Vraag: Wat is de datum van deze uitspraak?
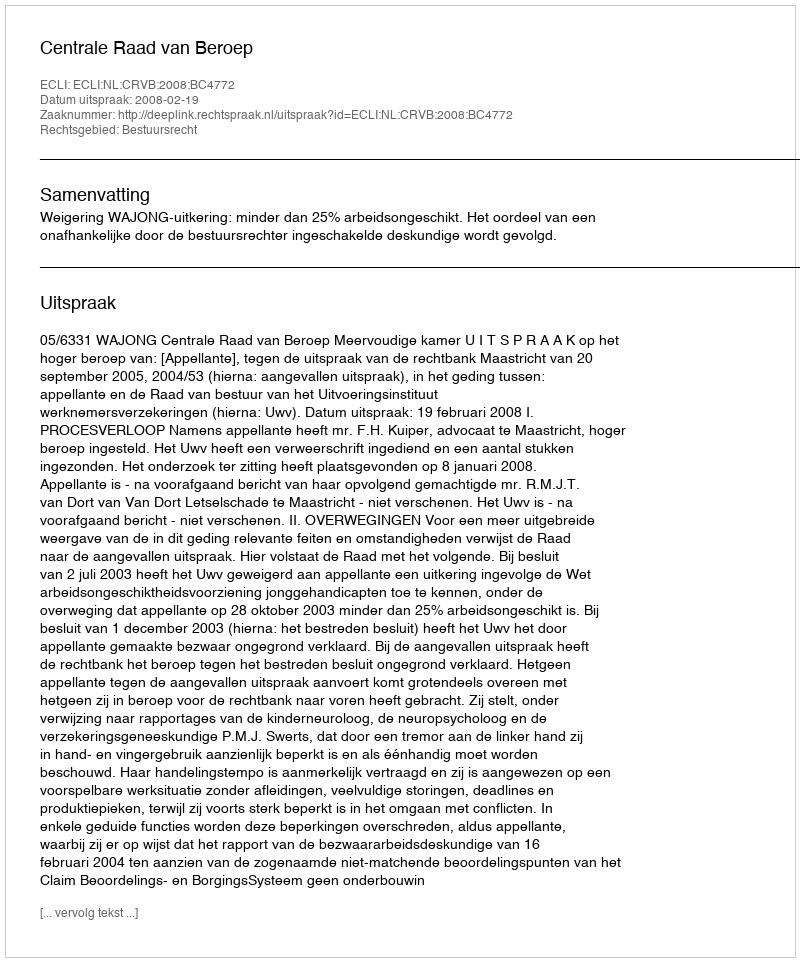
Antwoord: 2008-02-19